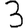
Digit: 3